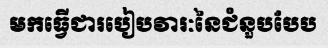
មកធ្វើជារបៀបវារៈនៃជំនួបបែប